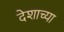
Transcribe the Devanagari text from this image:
देशाच्‍या